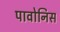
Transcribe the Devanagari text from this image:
पावोनिस